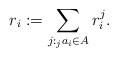
LaTeX: \begin{align*}r_i:= \sum_{j: {}_j a_i \in A} r_i^{j}.\end{align*}